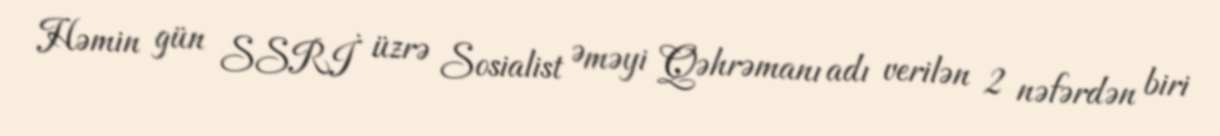
Həmin gün SSRİ üzrə Sosialist Əməyi Qəhrəmanı adı verilən 2 nəfərdən biri